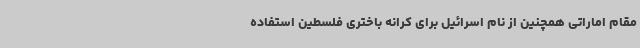
مقام اماراتی همچنین از نام اسرائیل برای کرانه باختری فلسطین استفاده